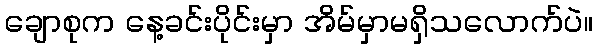
ချောစုက နေ့ခင်းပိုင်းမှာ အိမ်မှာမရှိသလောက်ပဲ။